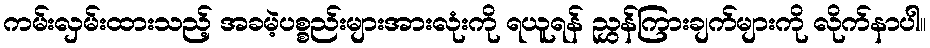
ကမ်းလှမ်းထားသည့် အခမဲ့ပစ္စည်းများအားလုံးကို ရယူရန် ညွှန်ကြားချက်များကို လိုက်နာပါ။